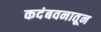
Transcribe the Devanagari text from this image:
कदंबवनातून